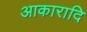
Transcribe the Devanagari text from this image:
आकारादि